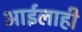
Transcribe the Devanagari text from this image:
आईलाही